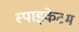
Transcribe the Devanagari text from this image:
स्पाइकेटम